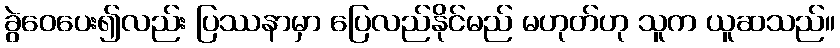
ခွဲဝေပေး၍လည်း ပြဿနာမှာ ပြေလည်နိုင်မည် မဟုတ်ဟု သူက ယူဆသည်။